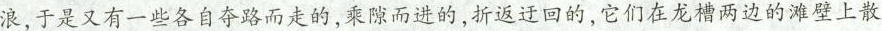
浪，于是又有一些各自夺路而走的，乘隙而进的，折返迂回的，它们在龙槽两边的滩壁上散